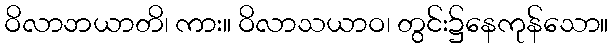
ဝိလာဘယာတိ၊ ကား။ ဝိလာသယာဝ၊ တွင်း၌နေကုန်သော။